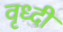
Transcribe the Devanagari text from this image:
वृध्दी